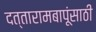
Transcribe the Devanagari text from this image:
दत्तारामबापूंसाठी